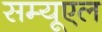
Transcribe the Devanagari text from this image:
सम्यूएल